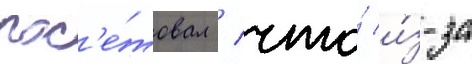
пос'е́товал / что́ и́з-за